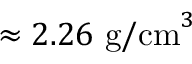
\approx 2 . 2 6 ~ \mathrm { g / c m } ^ { 3 }